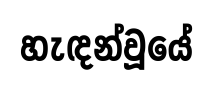
හැඳන්වූයේ